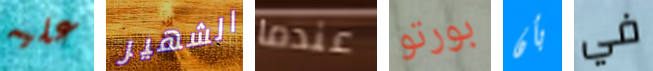
عليه الشهير عندما بورتو بأن في